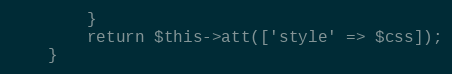
Language: PHP
        }
        return $this->att(['style' => $css]);
    }